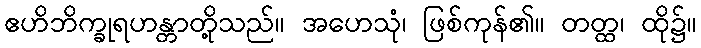
ဧဟိဘိက္ခုရဟန္တာတို့သည်။ အဟေသုံ၊ ဖြစ်ကုန်၏။ တတ္ထ၊ ထို၌။